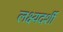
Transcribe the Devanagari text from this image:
लक्ष्यदर्शी